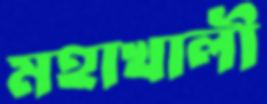
মহাখালী